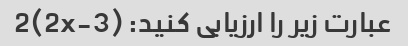
عبارت زیر را ارزیابی کنید: (2x-3)2